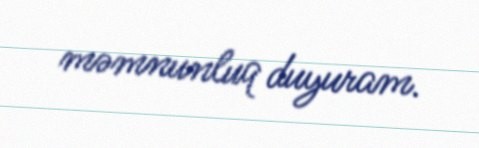
məmnunluq duyuram.